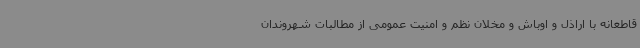
قاطعانه با اراذل و اوباش و مخلان نظم و امنیت عمومی از مطالبات شهروندان